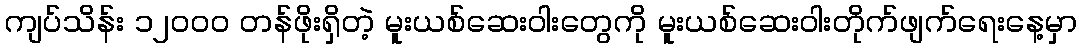
ကျပ်သိန်း ၁၂၀၀၀ တန်ဖိုးရှိတဲ့ မူးယစ်ဆေးဝါးတွေကို မူးယစ်ဆေးဝါးတိုက်ဖျက်ရေးနေ့မှာ